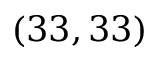
( 3 3 , 3 3 )